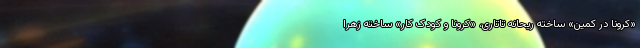
«کرونا در کمین» ساخته ریحانه تاتاری، «کرونا و کودک کار» ساخته زهرا